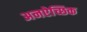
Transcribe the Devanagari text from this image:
अनऐच्छिक